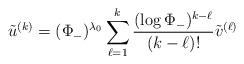
LaTeX: \begin{align*}\tilde u^{(k)} = (\Phi_-)^{\lambda_0} \sum_{\ell =1}^k \frac{(\log \Phi_-)^{k-\ell}}{(k-\ell)!} \tilde v^{(\ell)}\end{align*}